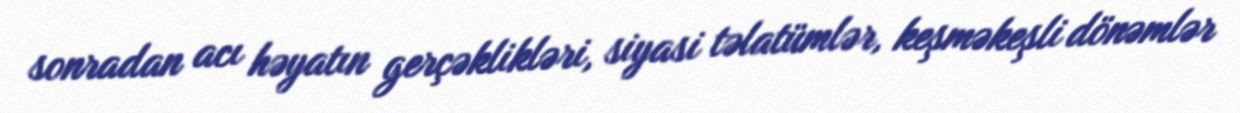
sonradan acı həyatın gerçəklikləri, siyasi təlatümlər, keşməkeşli dönəmlər